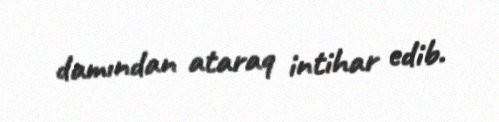
damından ataraq intihar edib.